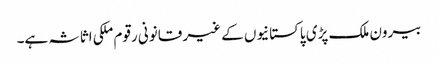
بیرون ملک پڑی پاکستانیوں کے غیر قانونی رقوم ملکی اثاثہ ہے۔